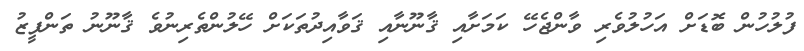
ފުލުހުން ބޮޑަށް އަހުލުވެރި ވާންޖެހޭ ކަމަށާއި ޤާނޫނާއި ޤަވާއިދުތަކަށް ހޭލުންތެރިނުވެ ޤާނޫނު ތަންފީޒު